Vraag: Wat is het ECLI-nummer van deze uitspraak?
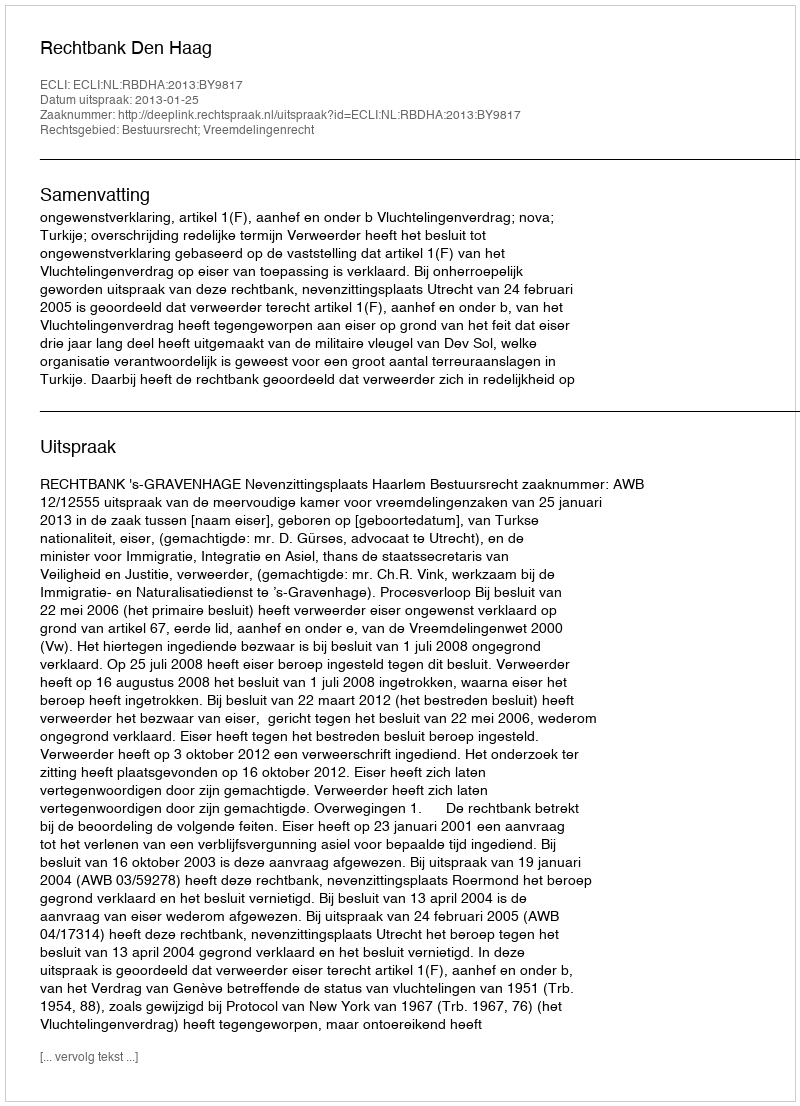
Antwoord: ECLI:NL:RBDHA:2013:BY9817